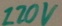
Text: 120V